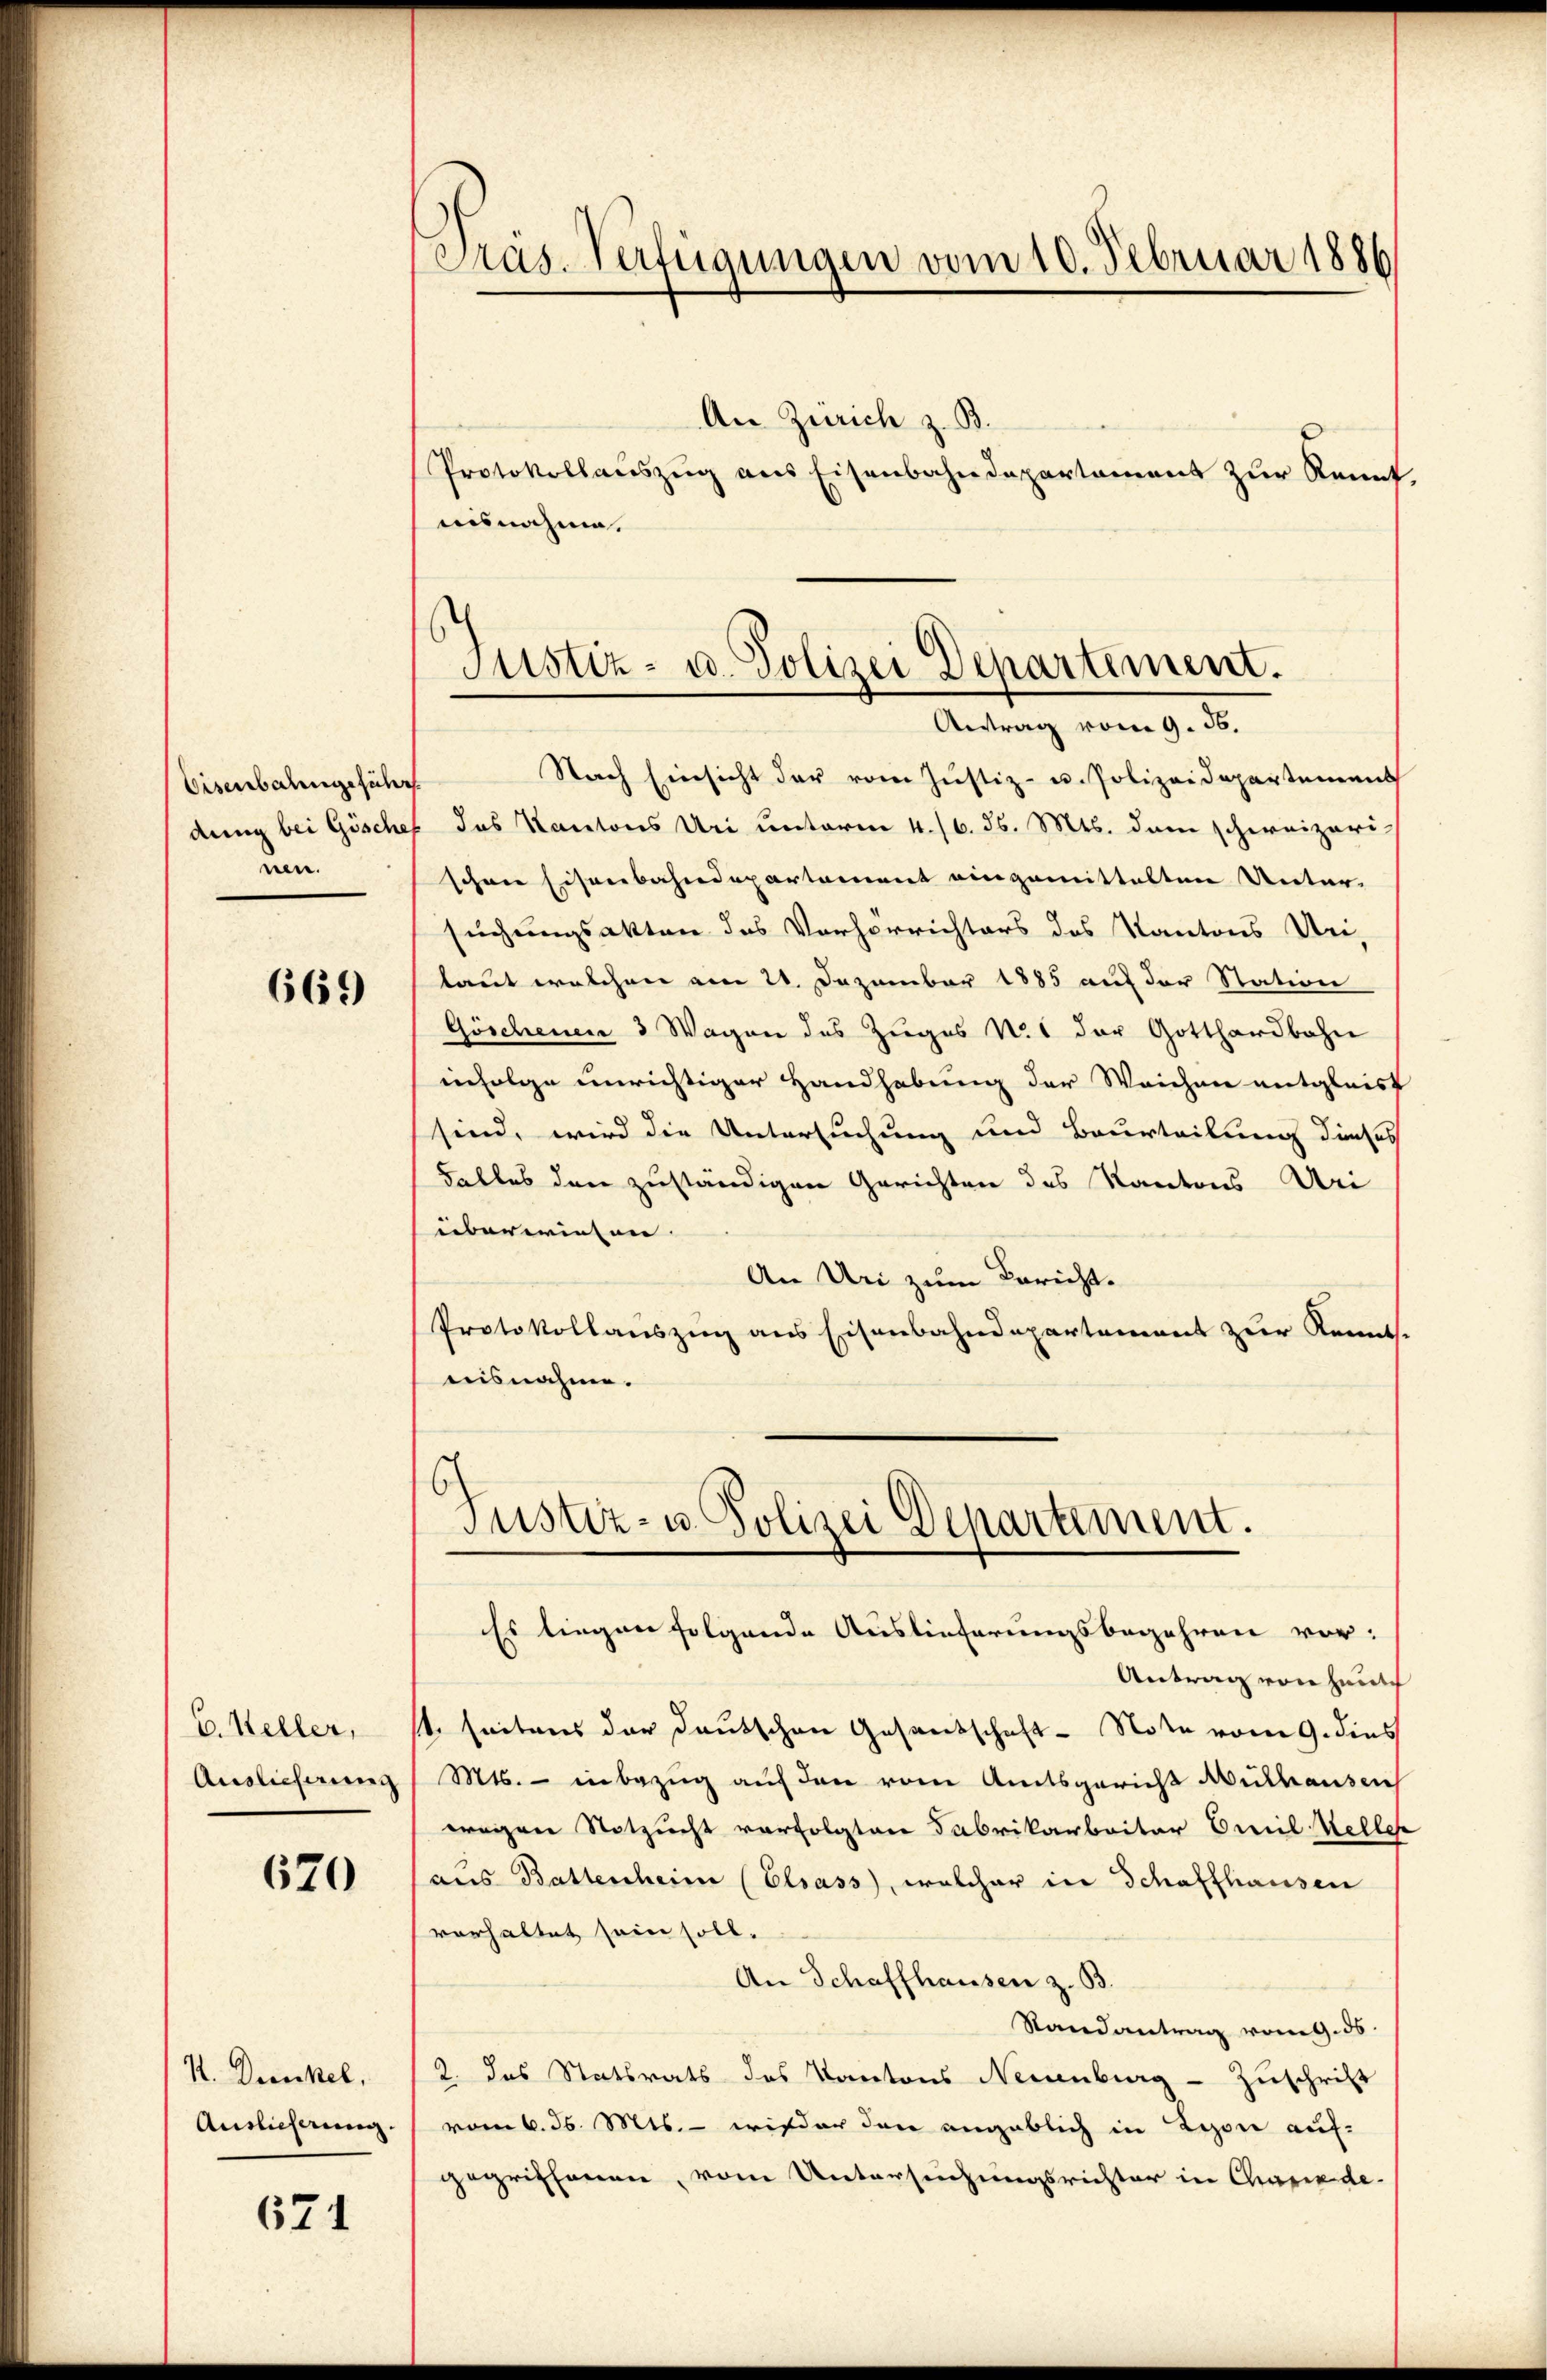
Eisenbahngeführ
nen.

669

C. Heller,
Auslieferung

670

K. Deseckel,
Auslicherung

671

Präs. Verfügungen vom 10. Februar 1886

Protokollaŭszŭg ans Eisenbahndepartament zŭr Kennt,

¬
Justiz- u. Polizei Departement.
Antrag vom 9. 56.

An Zürich z. B.
uisnahme.
Nach Einsicht der vom Justiz- u. Polizeidepartement
dung bei Göschef das Kantons Uri unterm 4./6. 36. Mts. dem schweizeri-
schene Eisenbahndepartement eingemittelten Unter-
suchungsakten des Verhörrichters des Kantons Uri,
laut welchen am 21. Dezember 1885 auf der Station
Göschenen 3 Wagen des Zuges N. 1 der Gotthardbahn
infolge unrichtiger Handhabung der Weichen entgleist
sind, wird die Untersuchung und Beurteilung dieses
Falles den zuständigen Gerichten des Kantons Uri
überwiesen. |
An Uri zum Bericht.
Protokollauszug aus Eisenbahndepartement zur Kennt.
nisnahme.
s
Justiz- u. Polizei Departement.
Es liegen folgende Auslieferungsbegehren vor:
Antrag von heut
t. seitens der Deutschen Gesandschaft - Note vom 9. dies
Mts. - inbezug auf den vom Amtsgericht Authausen
wegen Notzucht verfolgten Fabrikarbeiter Emil Welle
haus Battenheim (Elsass, welcher in Schaffhausen
vorhaltet sein soll.
An Schaffhausen z. B.
Randantrag vom 9. ds.
2. das Statsrats des Kantons Neuenburg - Zuschrift
vom 6. ds. Mts. – wieder den angeblich in Lyon auf-
gegriffenen, vom Untersuchungsrichter in Charinde-